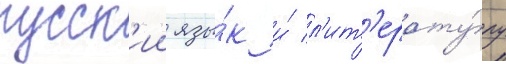
русск'ии язы́к и́ л'ит'ерату́ру